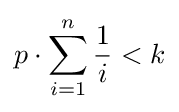
p\cdot \sum _{i=1}^{n}{1 \over i}<k